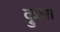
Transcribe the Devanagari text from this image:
क्रुआ